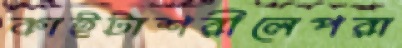
কাইটাশরীলেপরা